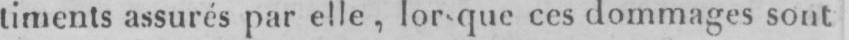
timents assurés par elle, lor-que ces dommages sont